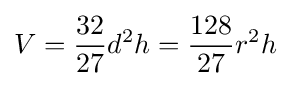
V={\frac {32}{27}}d^{2}h={\frac {128}{27}}r^{2}h